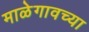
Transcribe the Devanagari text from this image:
माळेगावच्या